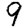
Digit: 9